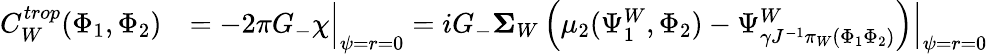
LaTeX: \begin{array}{rl}{C_{W}^{trop}(\Phi_{1},\Phi_{2})}&{=-2\pi G_{-}\chi\Big|_{\psi=r=0}=iG_{-}{\mathbf\Sigma}_{W}\left(\mu_{2}(\Psi_{1}^{W},\Phi_{2})-\Psi_{{\gamma}J^{-1}\pi_{W}(\Phi_{1}\Phi_{2})}^{W}\right)\Big|_{\psi=r=0}}\end{array}